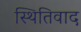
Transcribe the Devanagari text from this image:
स्थितिवाद